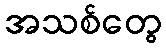
အသစ်တွေ